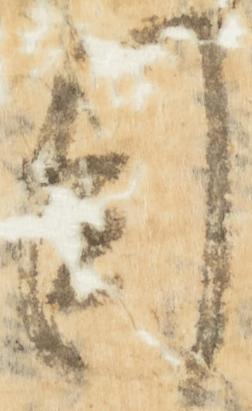
目